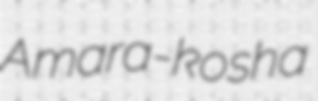
Amara-kosha